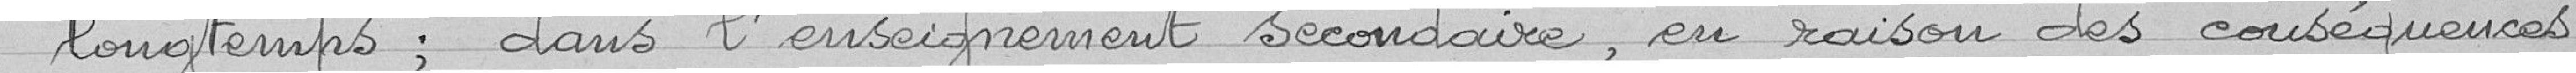
"longtemps; dans l'enseignement secondaire, en raison des conséquences